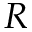
R